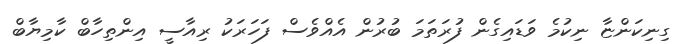
ގިނިކަންޏާ ނިކުމެ ވަޑައިގެން ފުރަތަމަ ބުރުން އެއްވެސް ފަހަރަކު ރިއާސީ އިންތިހާބް ކާމިޔާބް